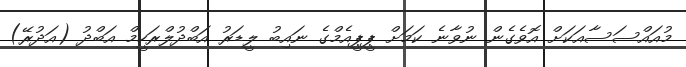
މުއައްސަސާއަކަށް އޮވެގެން ނުވާނެ ކަމަށް ޕީޕީއެމްގެ ނައިބު ލީޑަރު އަބްދުލްރަހީމް އަބްދު (އަދުރޭ)